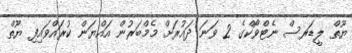
ޔޫތް ލީޑަރސް ނެޓްވޯކްގެ 2 ވަނަ ދައުރަށް މެމްބަރުން އައްޔަން ކުރައްވައިފި ޔޫތް